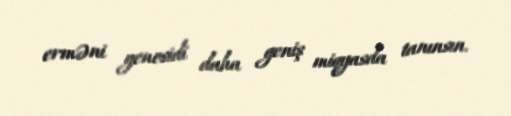
erməni genosidi daha geniş miqyasda tanınsın.